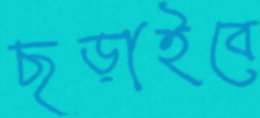
ছড়াইবে